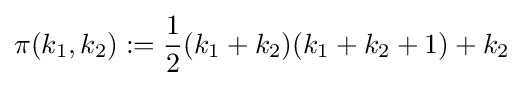
\pi (k_{1},k_{2}):={\frac {1}{2}}(k_{1}+k_{2})(k_{1}+k_{2}+1)+k_{2}